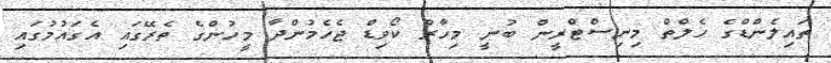
ތައިލެންޑްގެ ހެލްތް މިނިސްޓްރީން ބުނީ މިހާރު ކޯވިޑް ޖެހެމުންދާ މީހުންގެ ތެރޭގައި އެގައުމުގައި